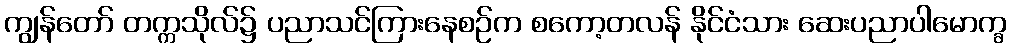
ကျွန်တော် တက္ကသိုလ်၌ ပညာသင်ကြားနေစဉ်က စကော့တလန် နိုင်ငံသား ဆေးပညာပါမောက္ခ